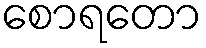
စောရတော